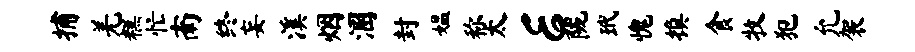
捕羌糕忙南终妄溪烟溷封媪称太E陇玳愧换食牧犯允袈